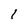
Character: l